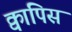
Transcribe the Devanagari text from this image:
क्वापिस